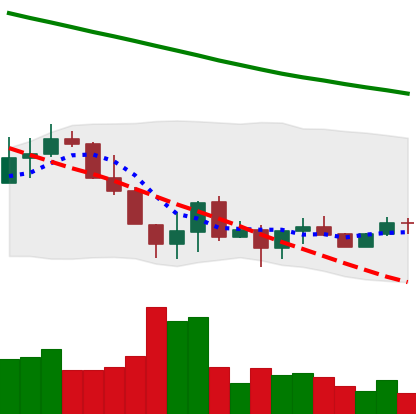
Ticker: ADA-USD
Chart end date: 2022-06-25
Forward return: -8.036%
Label: down_7plus